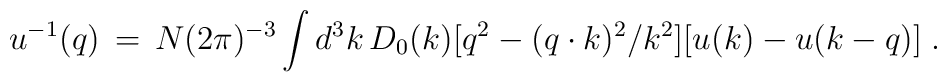
u^{-1}(q)\, =\, N (2\pi)^{-3} \int d^3k\, D_0(k)[q^2 - (q\cdot k)^2/k^2][u(k) - u(k-q)]\;\mbox{.}